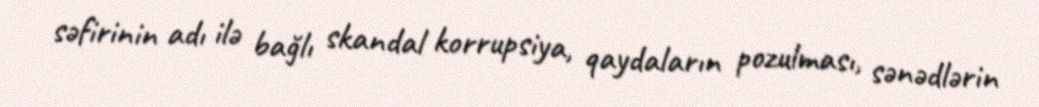
səfirinin adı ilə bağlı skandal korrupsiya, qaydaların pozulması, sənədlərin